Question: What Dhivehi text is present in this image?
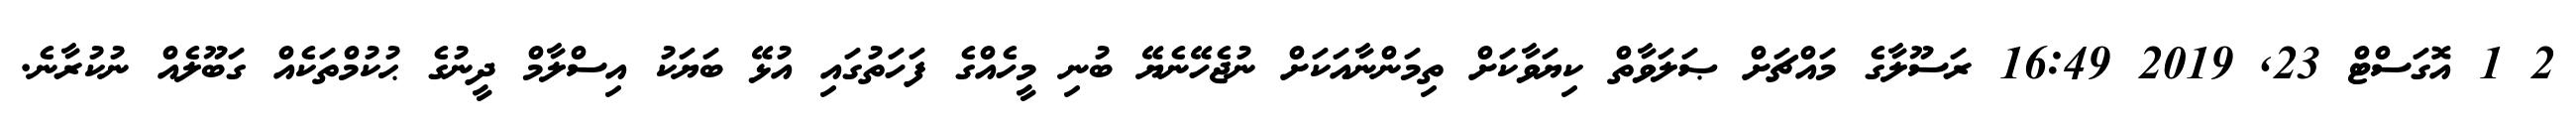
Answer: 2 1 އޮގަސްޓް 23, 2019 16:49 ރަސޫލާގެ މައްޗަށް ޞަލަވާތް ކިޔަވާކަށް ތިމަންނާއަކަށް ނުޖެހޭނެޔޭ ބުނި މީހެއްގެ ފަހަތުގައި އުޅޭ ބަޔަކު އިސްލާމް ދީނުގެ ޙުކުމްތަކެއް ގަބޫލެއް ނުކުރާނެ.